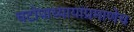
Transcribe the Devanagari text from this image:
चटोपाध्यायांप्रमाणेच